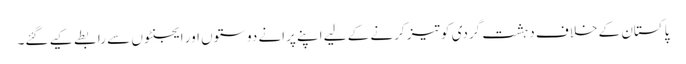
پاکستان کے خلاف دہشت گردی کو تیز کرنے کے لیے اپنے پرانے دوستوں اور ایجنٹوں سے رابطے کیے گئے۔